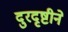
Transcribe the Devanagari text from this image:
दुरदृष्टीने